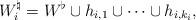
LaTeX: \begin{align*} W_i^{\natural} = W^{\flat} \cup h_{i,1} \cup \cdots \cup h_{i,k_i}, \end{align*}